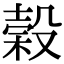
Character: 榖